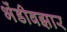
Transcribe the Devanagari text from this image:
भेंडीबझार